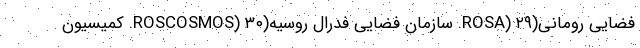
فضایی رومانی(ROSA) ۲۹. سازمان فضایی فدرال روسیه(ROSCOSMOS) ۳۰. کمیسیون